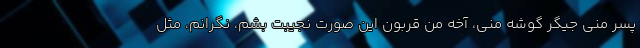
پسر منی جیگر گوشه منی، آخه من قربون این صورت نجیبت بشم، نگرانم، مثل